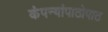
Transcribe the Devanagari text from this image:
कंपन्यांपाठोपाठ